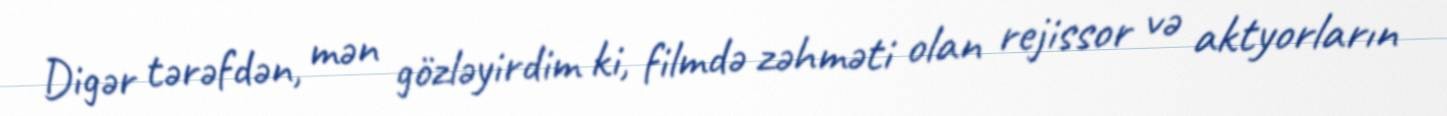
Digər tərəfdən, mən gözləyirdim ki, filmdə zəhməti olan rejissor və aktyorların